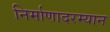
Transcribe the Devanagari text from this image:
निर्माणादरम्यान